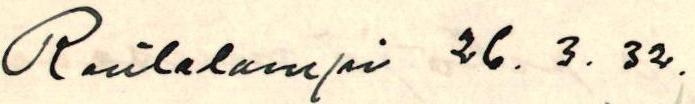
Rautalampi 26. 3. 32.